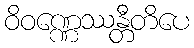
ဝိဝဏ္ဏေဿန္တီတိပေ